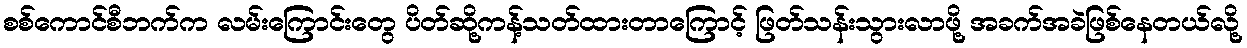
စစ်ကောင်စီဘက်က လမ်းကြောင်းတွေ ပိတ်ဆို့ကန့်သတ်ထားတာကြောင့် ဖြတ်သန်းသွားလာဖို့ အခက်အခဲဖြစ်နေတယ်လို့